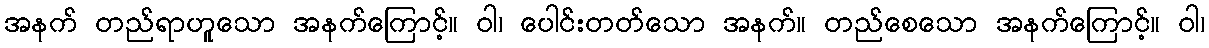
အနက် တည်ရာဟူသော အနက်ကြောင့်။ ဝါ၊ ပေါင်းတတ်သော အနက်။ တည်စေသော အနက်ကြောင့်။ ဝါ၊